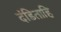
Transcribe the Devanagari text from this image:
दंडिताहि